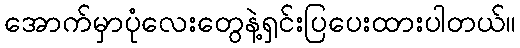
အောက်မှာပုံလေးတွေနဲ့ရှင်းပြပေးထားပါတယ်။